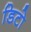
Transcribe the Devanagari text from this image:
डिटो